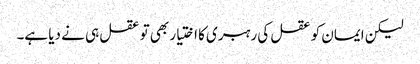
لیکن ایمان کو عقل کی رہبری کا اختیار بھی تو عقل ہی نے دیا ہے۔